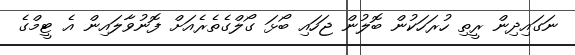
ނަގައިދިން ރީތި ހުރަހަކުން ބޮލުން ޖަހައި ބޯޅަ ގޯލްގެތެރެއަށް ފޮނުވާލައިން އެ ޓީމްގެ